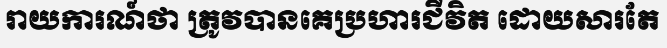
រាយការណ៍ថា ត្រូវបានគេប្រហារជីវិត ដោយសារតែ